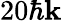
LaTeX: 20\hbar\mathbf{k}